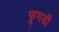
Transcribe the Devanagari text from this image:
फूगडी